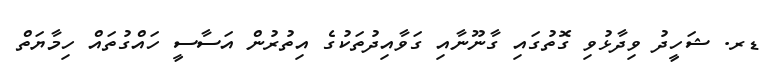
ޑރ. ޝަހީދު ވިދާޅުވި ގޮތުގައި ގާނޫނާއި ގަވާއިދުތަކުގެ އިތުރުން އަސާސީ ހައްގުތައް ހިމާޔަތް